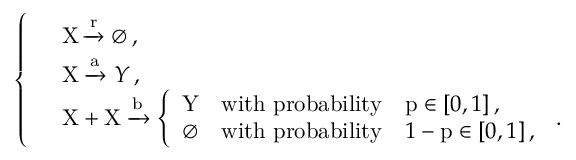
\left\{ \begin{array} { l l } & { \mathrm { X } \xrightarrow { \mathrm { r } } \emptyset \, , } \\ & { \mathrm { X } \xrightarrow { \mathrm { a } } Y \, , } \\ & { \mathrm { X } + \mathrm { X } \xrightarrow { \mathrm { b } } \left\{ \begin{array} { l l } { \mathrm { Y } } & { \mathrm { w i t h ~ p r o b a b i l i t y } \quad \mathrm { p } \in [ 0 , 1 ] \, , } \\ { \emptyset } & { \mathrm { w i t h ~ p r o b a b i l i t y } \quad 1 - \mathrm { p } \in [ 0 , 1 ] \, , } \end{array} \right. \, . } \end{array} \right.